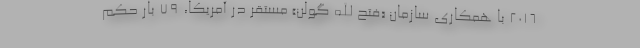
۲۰۱۶ با همکاری سازمان «فتح الله گولن» مستقر در آمریکا، ۷۹ بار حکم